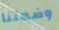
وضعتنا